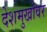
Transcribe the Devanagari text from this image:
देशमुखांवर